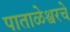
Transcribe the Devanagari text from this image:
पाताळेश्वरचे